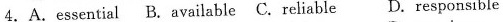
4.A.essential B.available C.reliable D.responsible